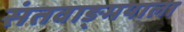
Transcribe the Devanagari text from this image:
संतवाङ्मयाला